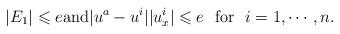
LaTeX: \begin{align*}|E_1| \leqslant e \mbox{and} |u^a-u^i||u^i_x|\leqslant e \ \ {\rm for} \ \ i = 1, \cdots, n.\end{align*}